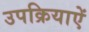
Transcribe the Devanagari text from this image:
उपक्रियाऐं